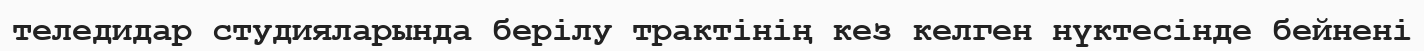
теледидар студияларында берілу трактінің кез келген нүктесінде бейнені